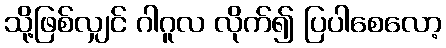
သို့ဖြစ်လျှင် ဂါဂူလ လိုက်၍ ပြပါစေလော့